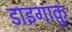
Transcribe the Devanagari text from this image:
डाइगाकु